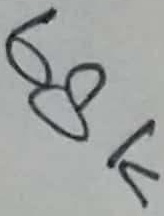
Text: 68K